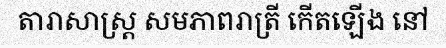
តារាសាស្ត្រ សមភាពរាត្រី កើតឡើង នៅ